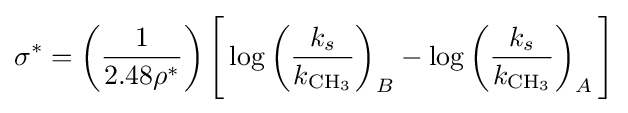
\sigma ^{*}=\left({\frac {1}{2.48\rho ^{*}}}\right){\Bigg [}\log \left({\frac {k_{s}}{k_{{\ce {CH3}}}}}\right)_{B}-\log \left({\frac {k_{s}}{k_{{\ce {CH3}}}}}\right)_{A}{\Bigg ]}